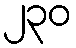
၂၃၀